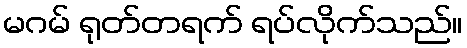
မဂမ် ရုတ်တရက် ရပ်လိုက်သည်။